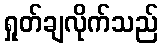
ရှုတ်ချလိုက်သည်